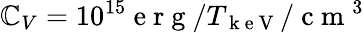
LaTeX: \mathbb{C}_{V}=10^{15}\mathrm{{~e~r~g~}}/T_{\mathrm{{~k~e~V~}}}/\mathrm{{~c~m~}}^{3}